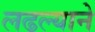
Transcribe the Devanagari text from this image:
लढल्याने